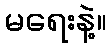
မရေးနဲ့။